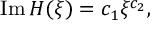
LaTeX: \mathrm { I m } \, { \cal H } ( \xi ) = c _ { 1 } \xi ^ { c _ { 2 } } ,